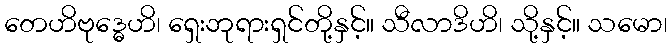
တေဟိဗုဒ္ဓေဟိ၊ ရှေးဘုရားရှင်တို့နှင့်။ သီလာဒိဟိ၊ သို့နှင့်။ သမော၊